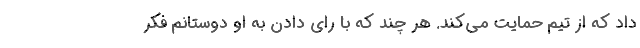
داد که از تیم حمایت می‌کند. هر چند که با رای دادن به او دوستانم فکر